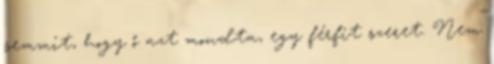
semmit, hogy ő azt mondta, egy férfit szeret. Nem